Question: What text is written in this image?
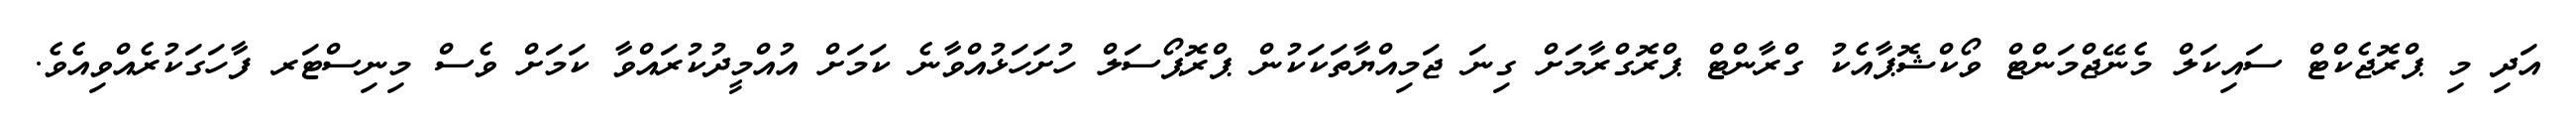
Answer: އަދި މި ޕްރޮޖެކްޓް ސައިކަލް މެނޭޖްމަންޓް ވޯކްޝޮޕާއެކު ގްރާންޓް ޕްރޮގްރާމަށް ގިނަ ޖަމިއްޔާތަކަކުން ޕްރޮޕޯސަލް ހުށަހަޅުއްވާނެ ކަމަށް އުއްމީދުކުރައްވާ ކަމަށް ވެސް މިނިސްޓަރ ފާހަގަކުރެއްވިއެވެ.